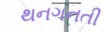
થનગનતી